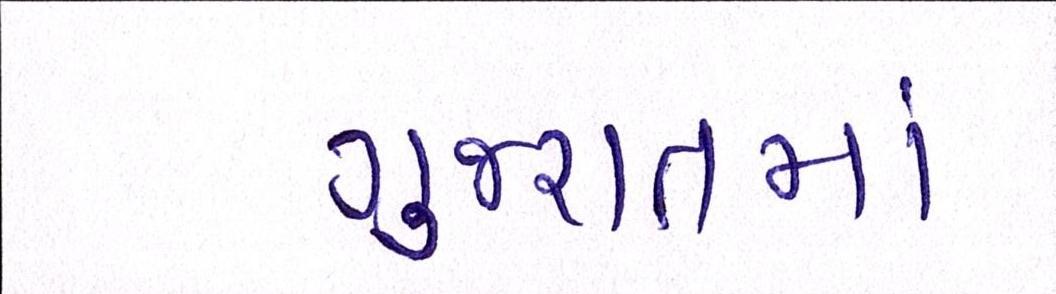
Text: ગુજરાતમાં